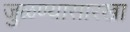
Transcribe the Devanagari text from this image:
जुळण्यासारखा